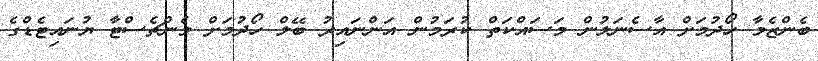
ބެންޒެމާ ހޯދުމަށް އާސެނަލުން މަސައްކަތް ކުރަމުން އަންނައިރު ބޭލް ހޯދުމަށް މެންޗެސްޓާ ޔުނައިޓެޑްގެ